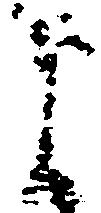
よ